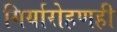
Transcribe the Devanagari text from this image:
गिर्यारोहणही